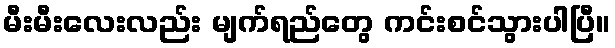
မီးမီးလေးလည်း မျက်ရည်တွေ ကင်းစင်သွားပါပြီ။